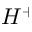
H ^ { + }